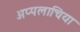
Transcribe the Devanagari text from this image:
अप्पलाचिया